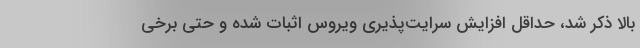
بالا ذکر شد، حداقل افزایش سرایت‌پذیری ویروس اثبات شده و حتی برخی